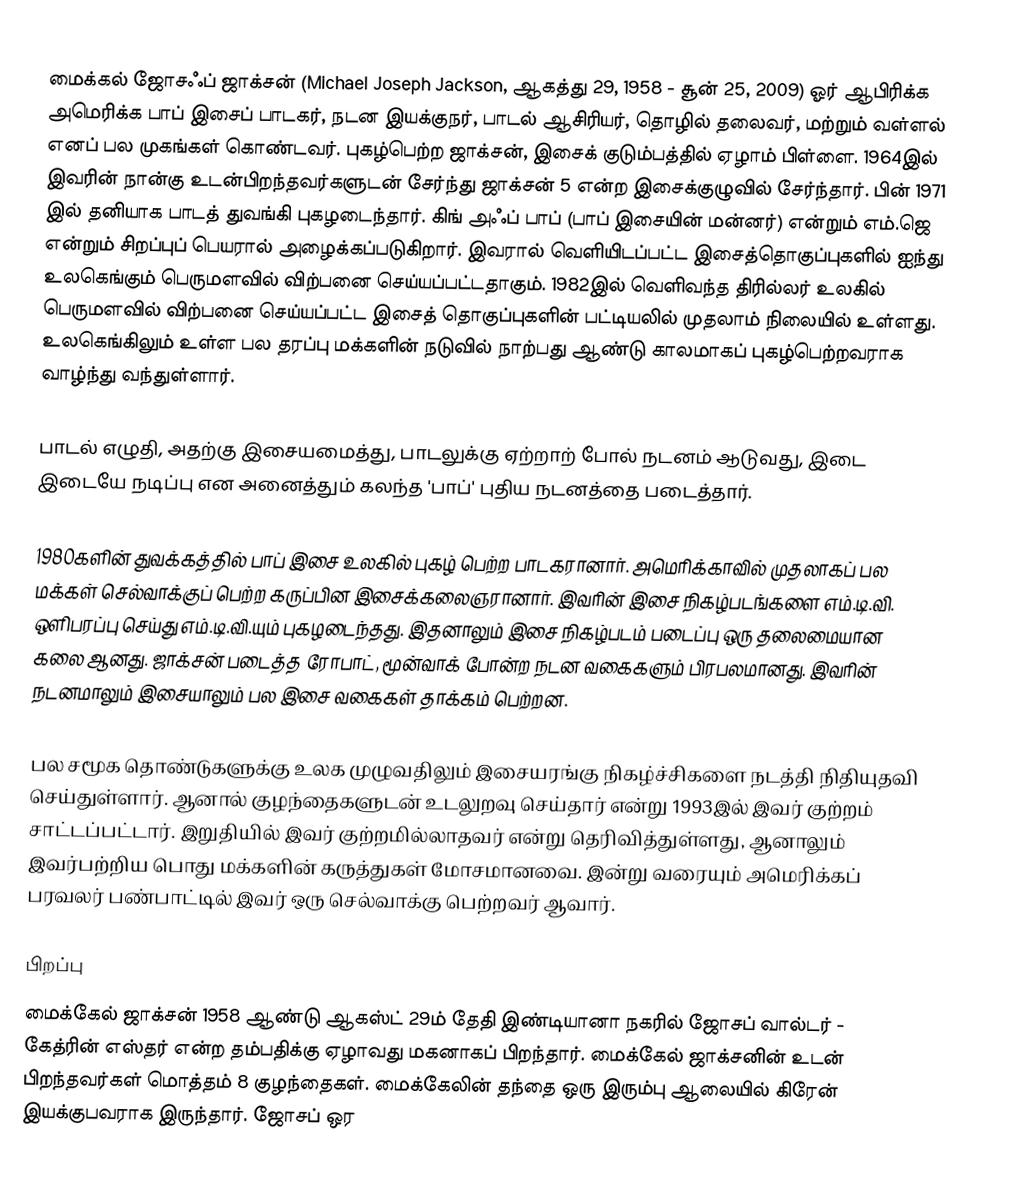
மைக்கல் ஜோசஃப் ஜாக்சன் (Michael Joseph Jackson, ஆகத்து 29, 1958 - சூன் 25, 2009) ஓர் ஆபிரிக்க அமெரிக்க பாப் இசைப் பாடகர், நடன இயக்குநர், பாடல் ஆசிரியர், தொழில் தலைவர், மற்றும் வள்ளல் எனப் பல முகங்கள் கொண்டவர். புகழ்பெற்ற ஜாக்சன், இசைக் குடும்பத்தில் ஏழாம் பிள்ளை. 1964இல் இவரின் நான்கு உடன்பிறந்தவர்களுடன் சேர்ந்து ஜாக்சன் 5 என்ற இசைக்குழுவில் சேர்ந்தார். பின் 1971 இல் தனியாக பாடத் துவங்கி புகழடைந்தார். கிங் அஃப் பாப் (பாப் இசையின் மன்னர்) என்றும் எம்.ஜெ என்றும் சிறப்புப் பெயரால் அழைக்கப்படுகிறார். இவரால் வெளியிடப்பட்ட இசைத்தொகுப்புகளில் ஐந்து உலகெங்கும் பெருமளவில் விற்பனை செய்யப்பட்டதாகும். 1982இல் வெளிவந்த திரில்லர் உலகில் பெருமளவில் விற்பனை செய்யப்பட்ட இசைத் தொகுப்புகளின் பட்டியலில் முதலாம் நிலையில் உள்ளது. உலகெங்கிலும் உள்ள பல தரப்பு மக்களின் நடுவில் நாற்பது ஆண்டு காலமாகப் புகழ்பெற்றவராக வாழ்ந்து வந்துள்ளார்.

பாடல் எழுதி, அதற்கு இசையமைத்து, பாடலுக்கு ஏற்றாற் போல் நடனம் ஆடுவது, இடை இடையே நடிப்பு என அனைத்தும் கலந்த 'பாப்' புதிய நடனத்தை படைத்தார்.

1980களின் துவக்கத்தில் பாப் இசை உலகில் புகழ் பெற்ற பாடகரானார். அமெரிக்காவில் முதலாகப் பல மக்கள் செல்வாக்குப் பெற்ற கருப்பின இசைக்கலைஞரானார். இவரின் இசை நிகழ்படங்களை எம்.டி.வி. ஒளிபரப்பு செய்து எம்.டி.வி.யும் புகழடைந்தது. இதனாலும் இசை நிகழ்படம் படைப்பு ஒரு தலைமையான கலை ஆனது. ஜாக்சன் படைத்த ரோபாட், மூன்வாக் போன்ற நடன வகைகளும் பிரபலமானது. இவரின் நடனமாலும் இசையாலும் பல இசை வகைகள் தாக்கம் பெற்றன.

பல சமூக தொண்டுகளுக்கு உலக முழுவதிலும் இசையரங்கு நிகழ்ச்சிகளை நடத்தி நிதியுதவி செய்துள்ளார். ஆனால்  குழந்தைகளுடன் உடலுறவு செய்தார் என்று 1993இல் இவர் குற்றம் சாட்டப்பட்டார். இறுதியில் இவர் குற்றமில்லாதவர் என்று தெரிவித்துள்ளது, ஆனாலும் இவர்பற்றிய பொது மக்களின் கருத்துகள் மோசமானவை. இன்று வரையும் அமெரிக்கப் பரவலர் பண்பாட்டில் இவர் ஒரு செல்வாக்கு பெற்றவர் ஆவார்.

பிறப்பு
மைக்கேல் ஜாக்சன் 1958 ஆண்டு ஆகஸ்ட் 29ம் தேதி இண்டியானா நகரில் ஜோசப் வால்டர் - கேத்ரின் எஸ்தர் என்ற தம்பதிக்கு ஏழாவது மகனாகப் பிறந்தார். மைக்கேல் ஜாக்சனின் உடன் பிறந்தவர்கள் மொத்தம் 8 குழந்தைகள். மைக்கேலின் தந்தை ஒரு இரும்பு ஆலையில் கிரேன் இயக்குபவராக இருந்தார். ஜோசப் ஒர